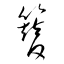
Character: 簪